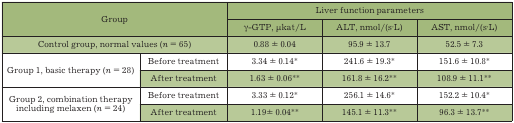
| <ROWSPAN=2-COLSPAN=2> Group | <COLSPAN=3> Liver function parameters |
 | γ-GTP, μkat/L | ALT, nmol/(s∙L) | AST, nmol/(s∙L) |
 | --- | --- | --- | --- | --- |
 | <COLSPAN=2> Control group, normal values (n = 65) | 0.88 ± 0.04 | 95.9 ± 13.7 | 52.5 ± 7.3 |
 | <ROWSPAN=2> Group 1, basic therapy (n = 28) | Before treatment | 3.34 ± 0.14* | 241.6 ± 19.3* | 151.6 ± 10.8* |
 | After treatment | 1.63 ± 0.06** | 161.8 ± 16.2** | 108.9 ± 11.1** |
 | <ROWSPAN=2> Group 2, combination therapyincluding melaxen (n = 24) | Before treatment | 3.33 ± 0.12* | 256.1 ± 14.6* | 152.2 ± 10.4* |
 | After treatment | 1.19 ± 0.04** | 145.1 ± 11.3** | 96.3 ± 13.7** |